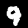
Label: 9